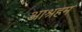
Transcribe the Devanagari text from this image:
आश्रहम